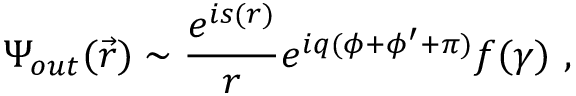
\Psi _ { o u t } ( \vec { r } ) \sim \frac { e ^ { i s ( r ) } } r e ^ { i q ( \phi + \phi ^ { \prime } + \pi ) } f ( \gamma ) \ ,